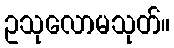
ဥသုလောမသုတ်။